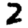
Digit: 2